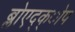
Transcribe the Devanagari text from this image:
ब्लोएद्क्ोप